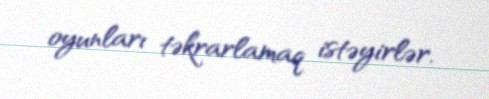
oyunları təkrarlamaq istəyirlər.